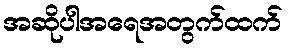
အဆိုပါအရေအတွက်ထက်